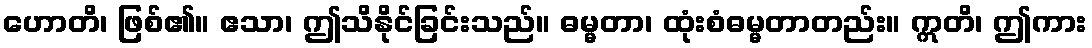
ဟောတိ၊ ဖြစ်၏။ ဧသာ၊ ဤသိနိုင်ခြင်းသည်။ ဓမ္မတာ၊ ထုံးစံဓမ္မတာတည်း။ ဣတိ၊ ဤကား